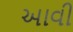
આવી